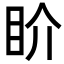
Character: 𥄍